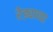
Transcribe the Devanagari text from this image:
रेड्याच्या